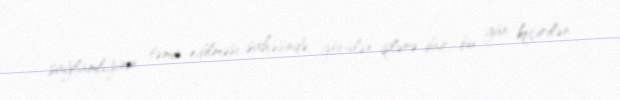
sağlamlığının təmin edilməsi sahəsində görülən işlərə dair bu gün keçirilən